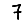
Digit: 7